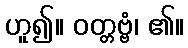
ဟူ၍။ ဝတ္တဗ္ဗံ၊ ၏။